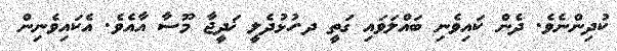
ކުދިންނެވެ. ދެން ކައިވެނި ބައްލަވައި ގަތީ ދ.ހުޅުދެލީ ޚަދީޖާ މޫސާ އާއެވެ. އެކައިވެނިން